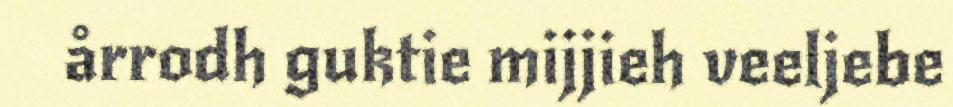
årrodh guktie mijjieh veeljebe